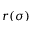
r ( \sigma )